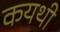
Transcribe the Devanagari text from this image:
कयथी